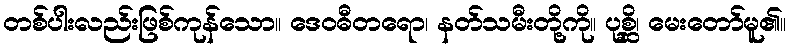
တစ်ပါးလည်းဖြစ်ကုန်သော။ ဒေဝဓီတရော၊ နတ်သမီးတို့ကို။ ပုစ္ဆိ၊ မေးတော်မူ၏။